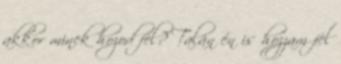
akkor minek hozod fel? Talán én is hozzam fel